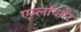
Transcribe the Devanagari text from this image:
एम्लॉयमेंट